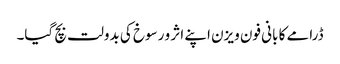
ڈرامے کا بانی فون ویزن اپنے اثر و رسوخ کی بدولت بچ گیا۔